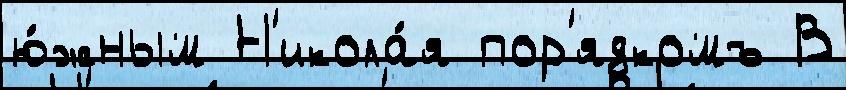
ю́жным Н'икола́я пор'ядкомъ В